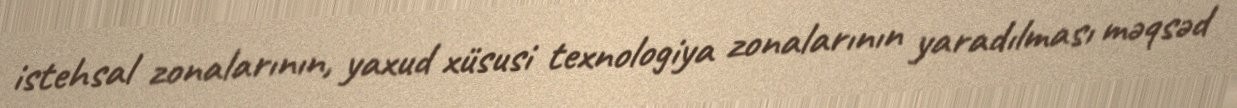
istehsal zonalarının, yaxud xüsusi texnologiya zonalarının yaradılması məqsəd